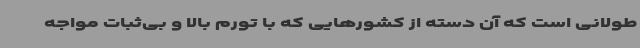
طولانی است که آن دسته از کشورهایی که با تورم بالا و بی‌ثبات مواجه